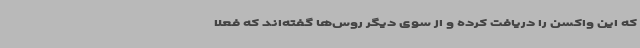
که این واکسن را دریافت کرده و از سوی دیگر روس‌ها گفته‌اند که فعلا